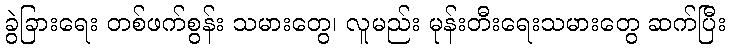
ခွဲခြားရေး တစ်ဖက်စွန်း သမားတွေ၊ လူမည်း မုန်းတီးရေးသမားတွေ ဆက်ပြီး